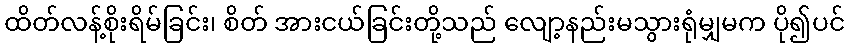
ထိတ်လန့်စိုးရိမ်ခြင်း၊ စိတ် အားငယ်ခြင်းတို့သည် လျော့နည်းမသွားရုံမျှမက ပို၍ပင်